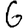
Digit: 6